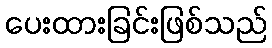
ပေးထားခြင်းဖြစ်သည်